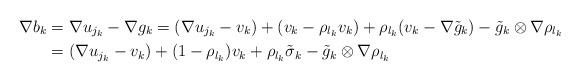
LaTeX: \begin{align*}\nabla b_k&=\nabla u_{j_k}-\nabla g_k=(\nabla u_{j_k}-v_k)+(v_k-\rho_{l_k}v_k)+\rho_{l_k}(v_k-\nabla\tilde{g}_k)-\tilde{g}_k\otimes\nabla\rho_{l_k}\\&=(\nabla u_{j_k}-v_k)+(1-\rho_{l_k})v_k+\rho_{l_k}\tilde{\sigma}_k-\tilde{g}_k\otimes\nabla\rho_{l_k}\end{align*}